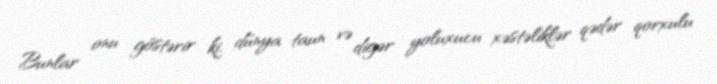
Bunlar onu göstərir ki, dünya taun və digər yoluxucu xəstəliklər qədər qorxulu